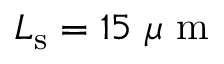
L _ { \mathrm { s } } = 1 5 \mathrm { ~ } \mu \mathrm { ~ m ~ }